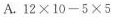
A.12×10-5×5